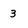
Character: 3